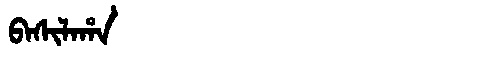
Manchu: ᠪᠠᠰᡳᠯᠠᡥᠠ
Romanization: BASILAHA